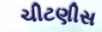
ચીટણીસ